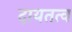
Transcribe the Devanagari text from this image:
दायतत्व